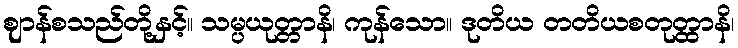
ဈာန်စသည်တို့နှင့်။ သမ္ပယုတ္တာနိ၊ ကုန်သော။ ဒုတိယ တတိယစတုတ္ထာနိ၊